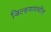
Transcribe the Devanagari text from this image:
जिल्हयामधील